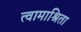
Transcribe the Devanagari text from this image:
त्वामाश्रिता